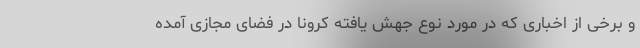
و برخی از اخباری که در مورد نوع جهش یافته کرونا در فضای مجازی آمده